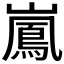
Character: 𮱱